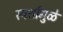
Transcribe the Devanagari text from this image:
स्पर्शामुळे